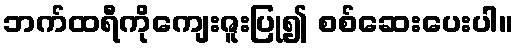
ဘက်ထရီကိုကျေးဇူးပြု၍ စစ်ဆေးပေးပါ။